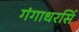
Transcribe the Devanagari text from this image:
गंगाधरसिं